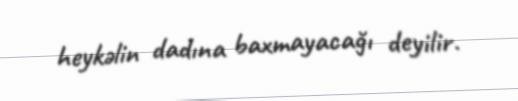
heykəlin dadına baxmayacağı deyilir.